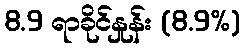
8.9 ရာခိုင်နှုန်း (8.9%)